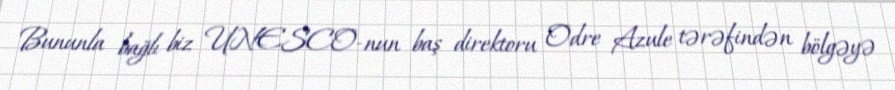
Bununla bağlı biz UNESCO-nun baş direktoru Odre Azule tərəfindən bölgəyə